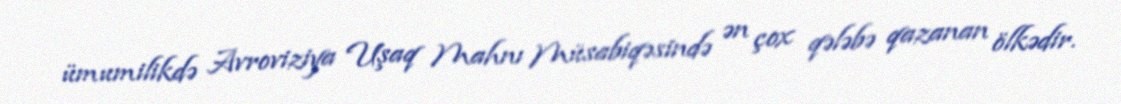
ümumilikdə Avroviziya Uşaq Mahnı Müsabiqəsində ən çox qələbə qazanan ölkədir.